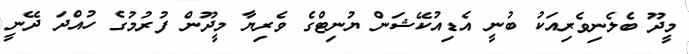
މީދޫ ބެލެނިވެރިއަކު ބުނީ އެޑިއުކޭޝަން ޔުނިޓްގެ ވެރިޔާ މީދޫން ފުރުމުގެ ހުއްދަ ދޭނީ